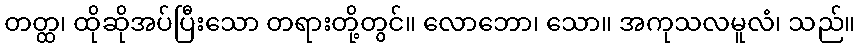
တတ္ထ၊ ထိုဆိုအပ်ပြီးသော တရားတို့တွင်။ လောဘော၊ သော။ အကုသလမူလံ၊ သည်။